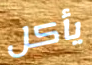
يأكل